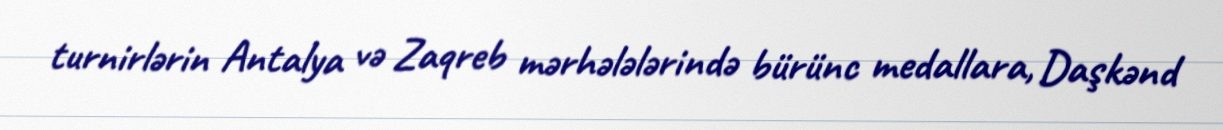
turnirlərin Antalya və Zaqreb mərhələlərində bürünc medallara, Daşkənd